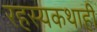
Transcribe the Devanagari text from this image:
रहस्यकथाही